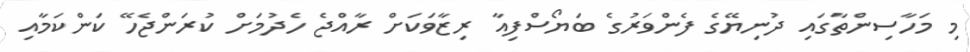
މި މަހާސިންތާގައި ދުނިޔޭގެ ފެންވަރުގެ ބަޔޯސްފިއާ ރިޒާވަކަށް ރާއްޖެ ހެދުމަށް ކުރަންޖެހޭ ކަންކަމާއި